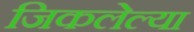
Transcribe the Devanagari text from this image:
जिकलेल्या